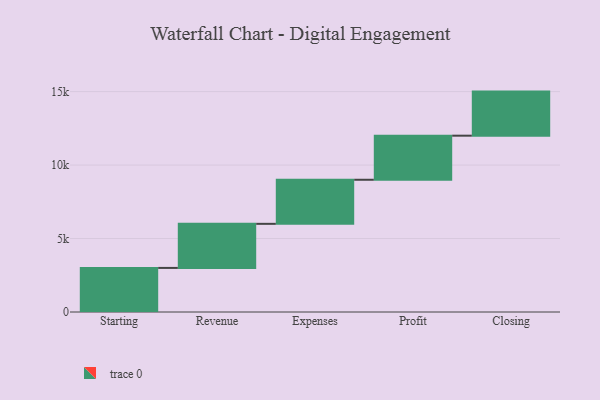
{"axis": {"x": "Step", "y": "Value"}, "legend": [""], "data": [{"x": "Starting", "y": 3000, "type": ""}, {"x": "Revenue", "y": 3000, "type": ""}, {"x": "Expenses", "y": 3000, "type": ""}, {"x": "Profit", "y": 3000, "type": ""}, {"x": "Closing", "y": 3000, "type": ""}]}